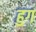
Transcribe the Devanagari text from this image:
हुग